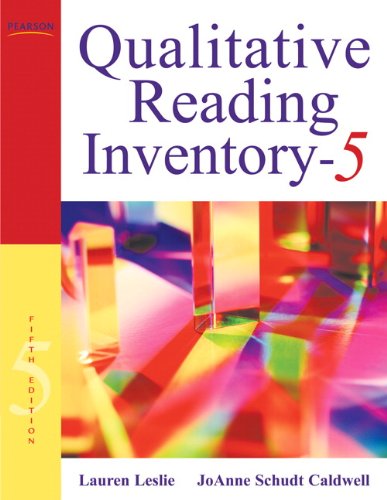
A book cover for Qualitative Reading Inventory (5th Edition); Lauren Leslie; Education & Teaching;